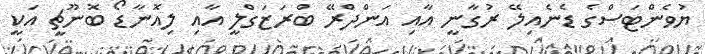
ޔުވެންޓަސްގެ ޑެނެއިލޭ ރުގާނީ އާއި އަންދްރޭ ބްރަޒަގްލީ އާއި ލިއޮނާޑޯ ބޮނޫޗީ އަކީ